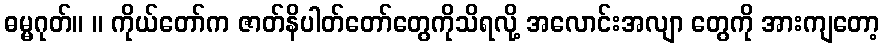
ဓမ္မဂုတ်။ ။ ကိုယ်တော်က ဇာတ်နိပါတ်တော်တွေကိုသိရလို့ အလောင်းအလျာ တွေကို အားကျတော့